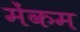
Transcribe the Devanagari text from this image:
मेंकम